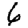
Digit: 6